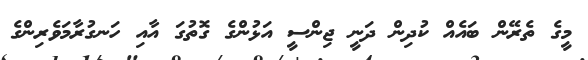
މީގެ ތެރޭން ބައެއް ކުދިން ދަނީ ޖިންސީ އަޅުންގެ ގޮތުގަ އާއި ހަނގުރާމަވެރިންގެ